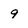
Character: 9